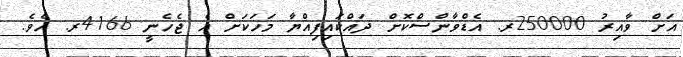
އަށް ވާއިރު 250000ރ. އެޑްވާންސްކޮށް ދައްކައިފިއްޔާ މަހަކަށް އެ ޖެހެނީ 4166ރ. އެވެ.